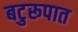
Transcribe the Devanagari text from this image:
बटुरूपात